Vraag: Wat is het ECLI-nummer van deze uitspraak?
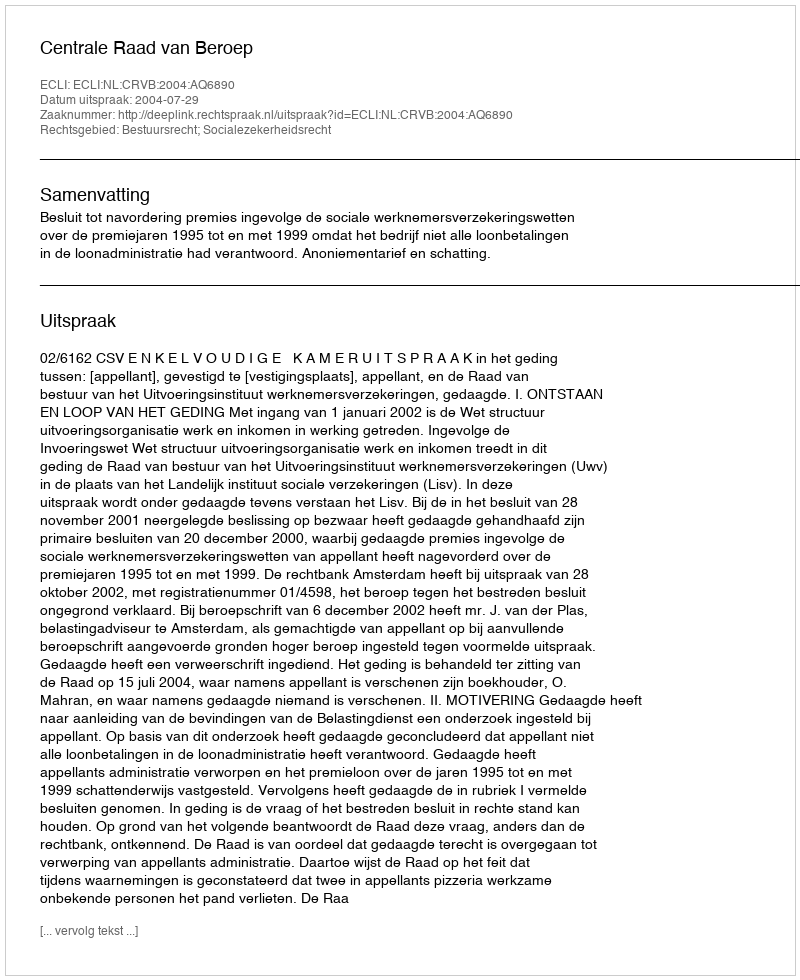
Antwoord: ECLI:NL:CRVB:2004:AQ6890